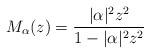
LaTeX: \begin{align*}M_\alpha(z)=\frac{|\alpha|^2z^2}{1-|\alpha|^2z^2}\end{align*}